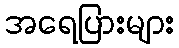
အရေပြားများ